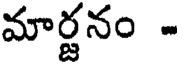
మార్జనం -